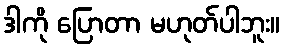
ဒါကို ပြောတာ မဟုတ်ပါဘူး။